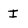
Character: I